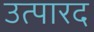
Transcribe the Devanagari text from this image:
उत्पारद